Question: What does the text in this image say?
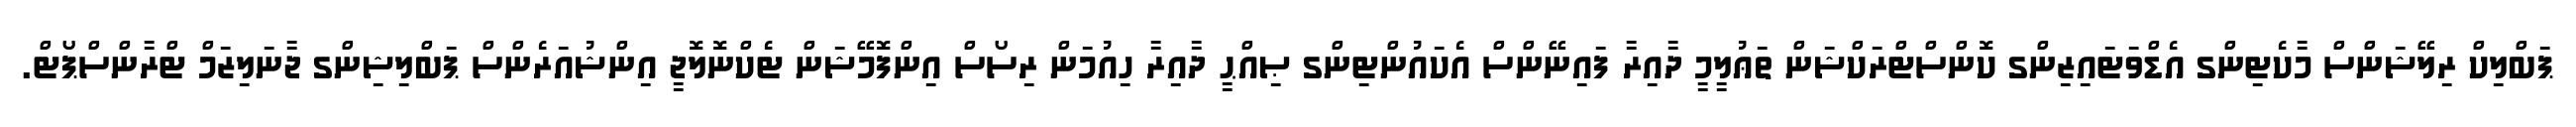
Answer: ޕަބްލިކް ރިލޭޝަންސް މާކެޓިންގ އެޑްވަޓައިޒިންގ ކޮންސްޓްރަކްޝަން ތަޢުލީމީ ދާއިރާ ފައިނޭންސް އެކައުންޓިންގ ޞިއްޙީ ދާއިރާ ހިއުމަން ރިސޯސް އިންފޮމޭޝަން ޓެކްނޮލޮޖީ އިންޝުއަރެންސް ޕަބްލިޝިންގ ޖާނަލިޒަމް ޓްރާންސްޕޯޓް.